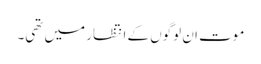
موت ان لوگوں کے انتظار میں تھی۔